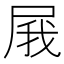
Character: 𡱫